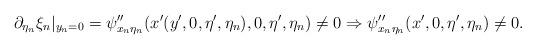
LaTeX: \begin{align*}\partial_{\eta_n}\xi_n|_{y_n=0}=\psi^{\prime\prime}_{x_n\eta_n}(x^\prime(y^\prime,0,\eta^\prime,\eta_n),0,\eta^\prime,\eta_n)\not=0\Rightarrow \psi^{\prime\prime}_{x_n\eta_n}(x^\prime,0,\eta^\prime,\eta_n)\not=0.\end{align*}